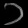
Digit: ၁